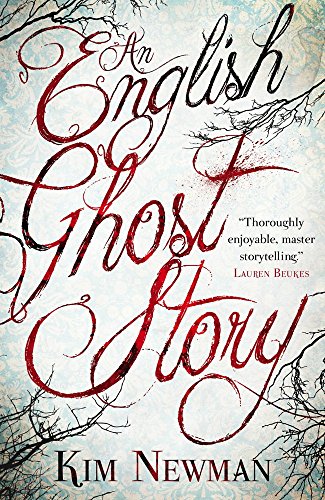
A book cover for An English Ghost Story; Kim Newman; Literature & Fiction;